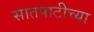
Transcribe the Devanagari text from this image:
सातपाटीच्या